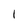
Character: 1